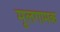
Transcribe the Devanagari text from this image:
मूलगामक